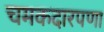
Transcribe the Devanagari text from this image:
चमकदारपणा